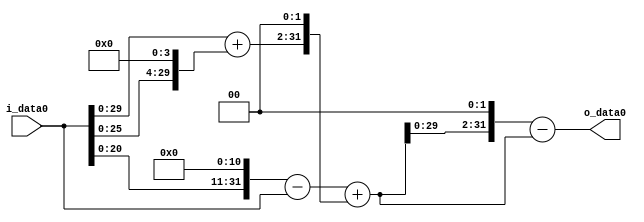
module multiplier_block (
    i_data0,
    o_data0
);

  // Port mode declarations:
  input   [31:0] i_data0;
  output  [31:0]
    o_data0;

  //Multipliers:

  wire [31:0]
    w1,
    w2048,
    w2047,
    w16,
    w17,
    w68,
    w2115,
    w8460,
    w6345;

  assign w1 = i_data0;
  assign w16 = w1 << 4;
  assign w17 = w1 + w16;
  assign w2047 = w2048 - w1;
  assign w2048 = w1 << 11;
  assign w2115 = w2047 + w68;
  assign w6345 = w8460 - w2115;
  assign w68 = w17 << 2;
  assign w8460 = w2115 << 2;

  assign o_data0 = w6345;

  //multiplier_block area estimate = 7221.61438694412;
endmodule